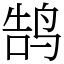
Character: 鹄